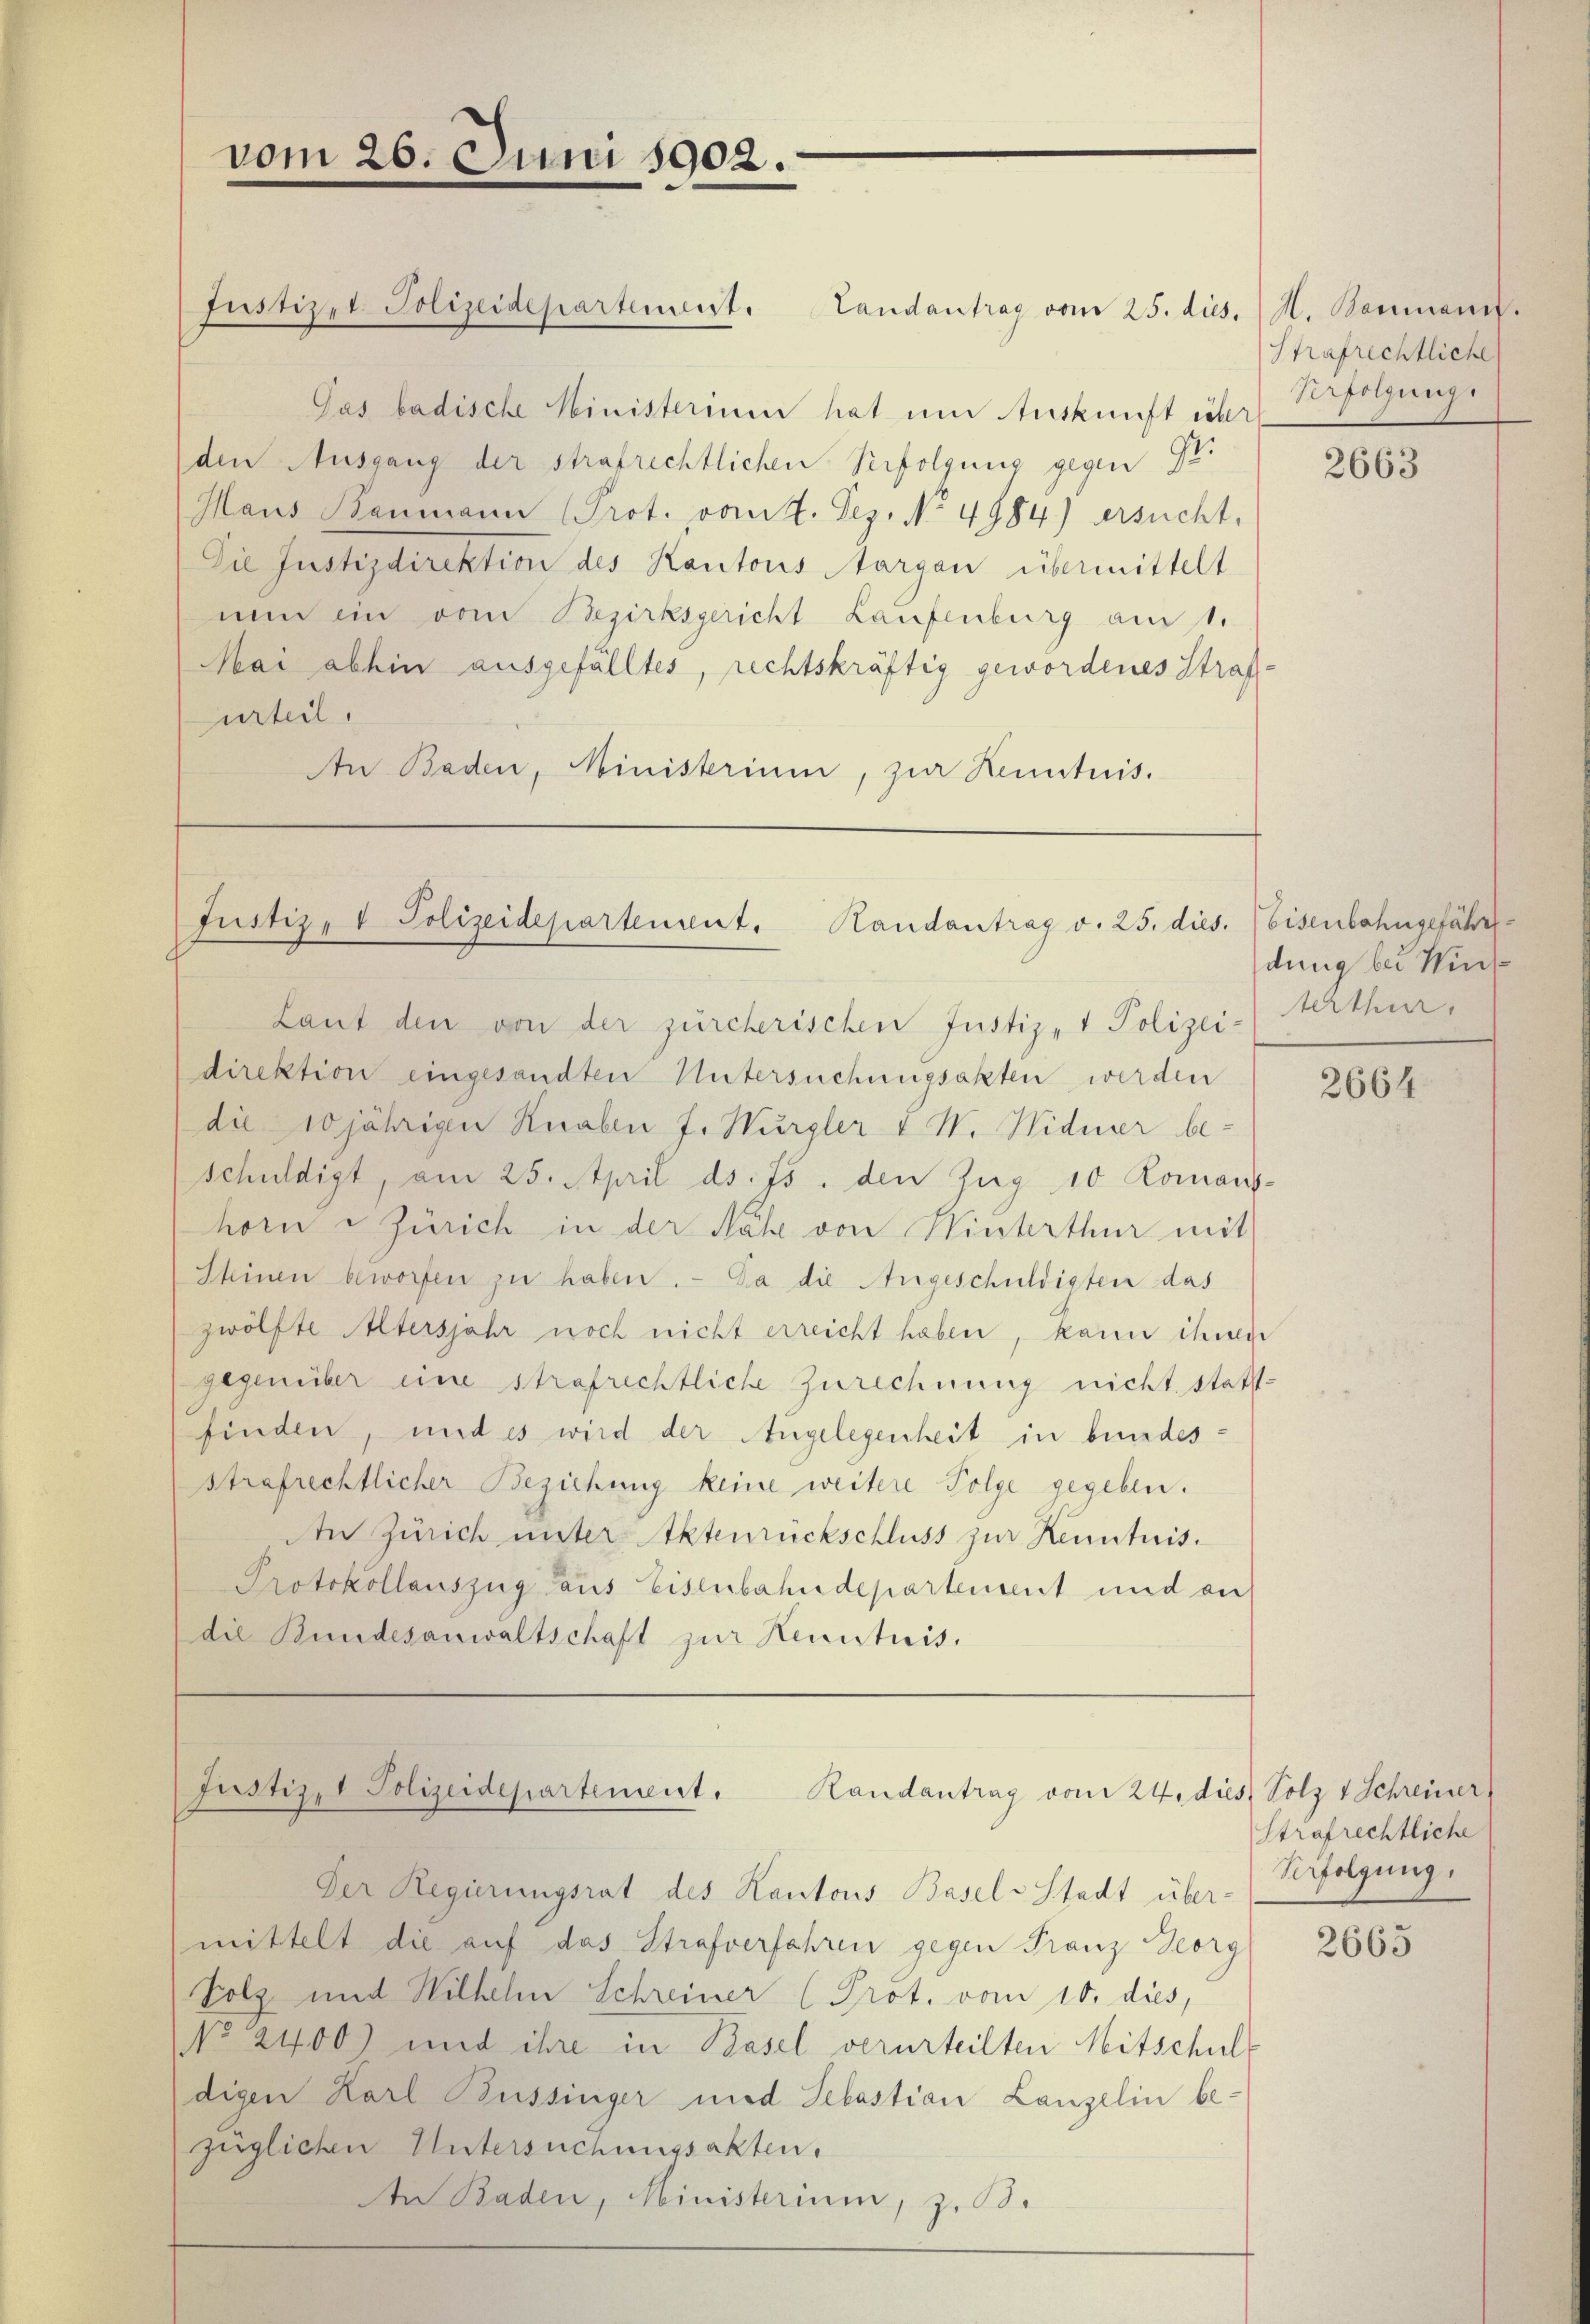
Justizet. Polizeidepartement. Landantrag vom 25. dies. M. Baumann.
Gas badische Ministerium hat um Auskunft über
(den Ausgang der strafrechtlichen Verfolgung gegen 92.
Maus Baumann (Prot. vom 4. Dez. No. 4984) ersucht.
Die Justizdirektion des Kantons Aargau übermittelt
nun ein vom Bezirksgericht Laufenburg am 1.
Mai abhin ausgefälltes, rechtskräftig gewordenes Strafurteil.
An Baden, Ministerium, zur Kenntnis.

vom 26. Juni 1902.

Justiz- & Polizeidepartement. Handantrag v. 25. dies.

Laut den von der zürcherischen Justiz- & Polizei- erthur,
direktion eingesandten Untersuchungsakten werden
die 10 jährigen Knaben J. Wurgler 1 W. Widmer beschuldigt, am 25. April ds. Js. den Zug 10 Komans-
horn Zürich in der Nähe von Winterthur mit
Steinen beworfen zu haben. - Da die Angeschuldigten das
zwölfte Altersjahr noch nicht erreicht haben, kann ihnen
gegenüber eine strafrechtliche Zurechnung nicht stattfinden, und es wird der Angelegenheit in bundesstrafrechtlicher Beziehung keine weitere Folge gegeben.
An Zürich unter Aktenrückschluss zur Kenntnis.
Protokollauszug aus Eisenbahndepartement und an
die Bundesanwaltschaft zur Kenntnis.

Justiz- & Polizeidepartement. Randantrag von 24. dies Solz 1 Schreiner

Der Regierungsrat des Kantons Basel-Stadt über-
mittelt die auf das Strafverfahren gegen Franz Georg
Folz und Wilhelm Schreiner (Prot. vom 10. dies,
NNo. 2400) und ihre in Basel verurteilten Mitschuldigen Karl Büssinger und Sebastian Lanzelin bezüglichen Untersuchungsakten.
An Baden, Ministerium, z. B.

Strafrechtliche
Verfolgung.

2663

Eisenbahngefähr
dung bei Mins¬

2664.

Strafrechtliche
Verfolgung.

2665